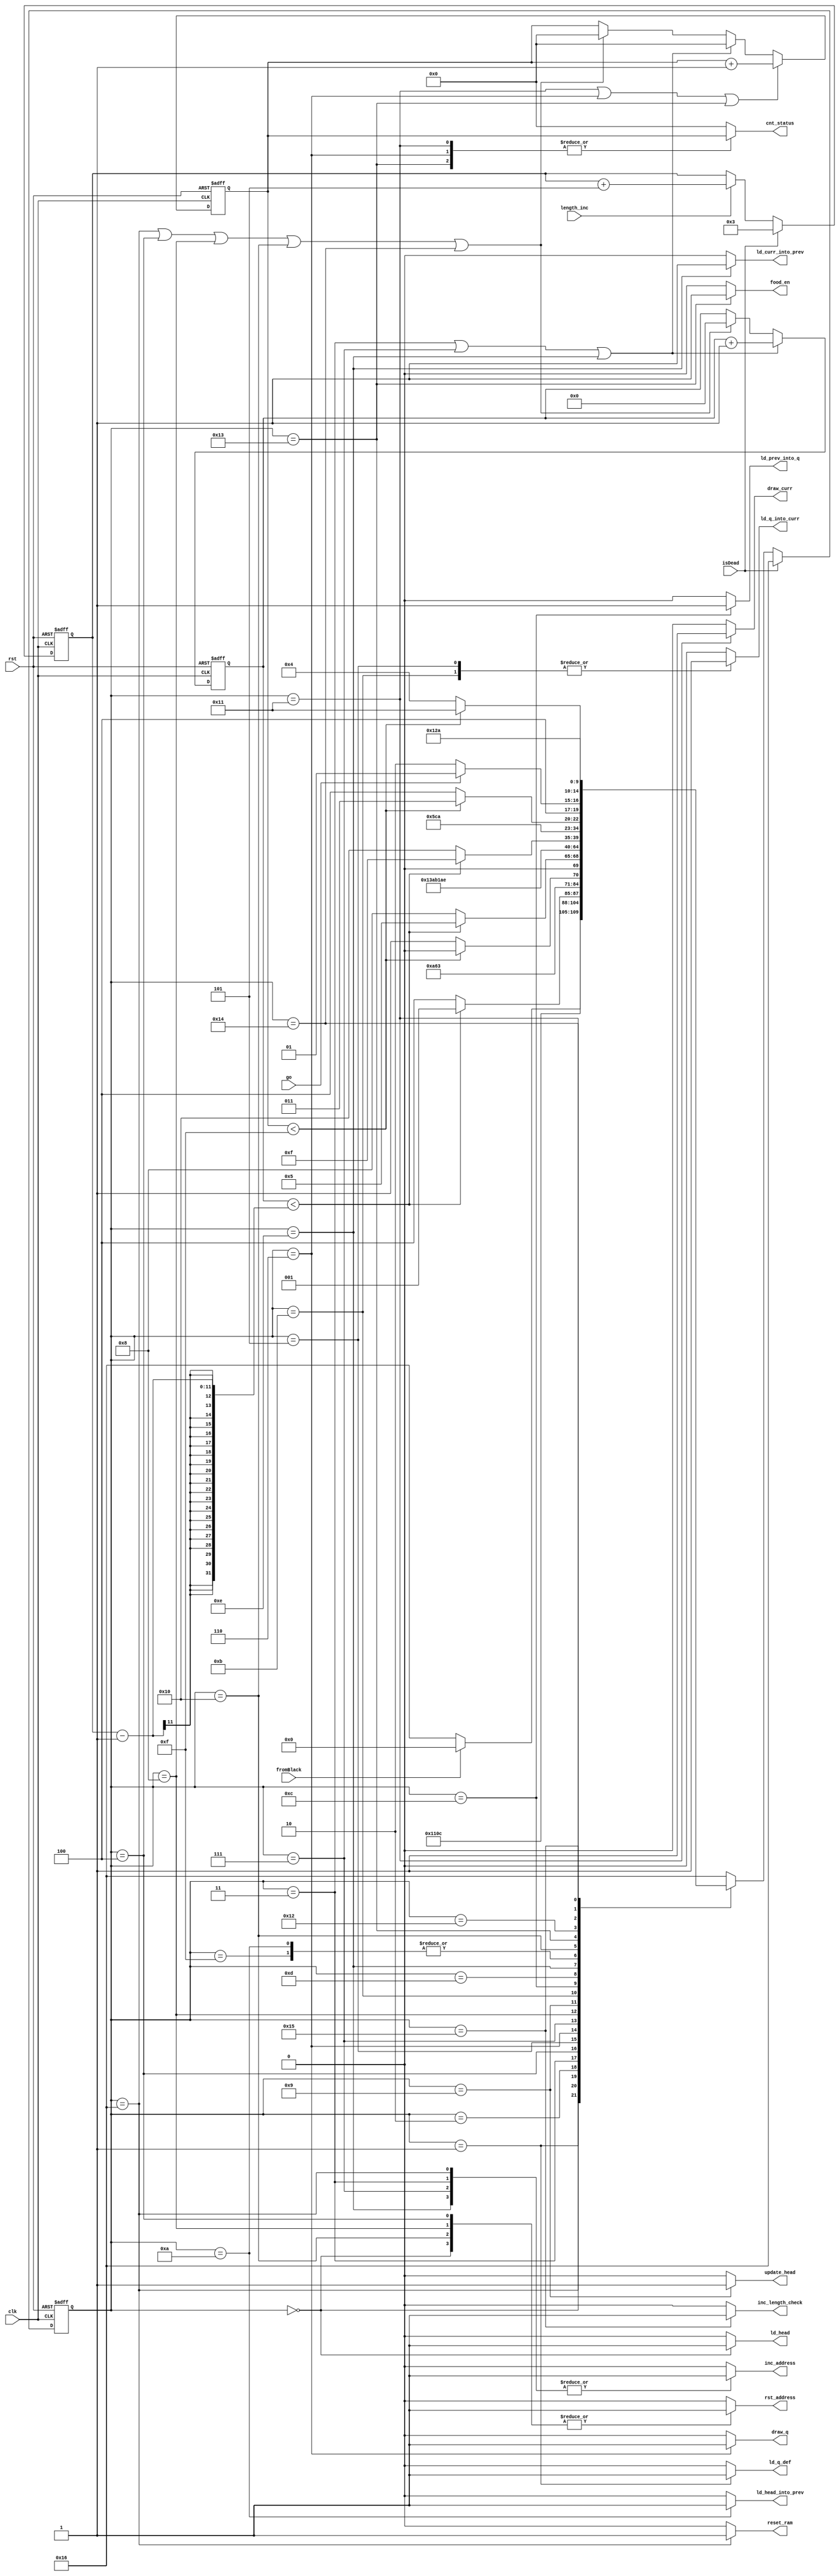

module controlMovement(
	input clk,
	input rst,
	input length_inc,
	input go,
	input fromBlack,
	input isDead,
	//---------------------------
	output reg ld_head,
	output reg ld_q_def,
	output reg inc_address,
	output reg rst_address,
	output reg draw_q,
	output reg [3:0] cnt_status,
	output reg update_head,
	output reg ld_head_into_prev,
	output reg ld_q_into_curr,
	output reg ld_prev_into_q,
	output reg ld_curr_into_prev,
	output reg draw_curr,
	output reg food_en,
	output reg inc_length_check,
	output reg reset_ram
);	
	
	reg [10:0] counter;
	reg [3:0] drawCounter;
	reg [4:0] curr_state, next_state;
	reg [10:0] length;
	wire cnt_le_l = counter < length - 1;
	wire draw_le_3 = drawCounter < 15;
	localparam 
		LD_HEAD = 5'd0,
		LD_DEF = 5'd1,
		CLOCK1 = 5'd2,
		INC1 = 5'd3,
		RST1 = 5'd4,
		CLOCK2 = 5'd5,
		DRAW_WHITE = 5'd6,
		INC2 = 5'd7,
		RST2 = 5'd8,
		UPDATE_HEAD = 5'd9,
		LD_HEAD_PREV = 5'd10,
		LD_Q_CURR = 5'd11,
		LD_PREV_Q = 5'd12,
		CLOCK3 = 5'd13,
		LD_CURR_PREV = 5'd14,
		CLOCK4 = 5'd15,
		RST3 = 5'd16,
		DRAW_CURR = 5'd17,
		WAIT = 5'd18,
		DRAW_FOOD = 5'd19,
		RST4 = 5'd20,
		INC_LENGTH = 5'd21,
		WAIT_BLACK = 5'd22;


	always @(*)
	begin: stateTable
		case (curr_state)
			WAIT_BLACK: next_state = fromBlack ? LD_HEAD : WAIT_BLACK;
			LD_HEAD : next_state = LD_DEF;
			LD_DEF : next_state = CLOCK1;
			CLOCK1 : next_state = INC1;
			INC1: next_state = cnt_le_l ? LD_DEF : RST1;
			RST1: next_state = CLOCK2;
			CLOCK2: next_state = DRAW_WHITE;
			DRAW_WHITE: next_state = draw_le_3 ? DRAW_WHITE : INC2;
			INC2: next_state = cnt_le_l ? CLOCK2 : RST2;
			RST2: next_state = DRAW_FOOD;
			UPDATE_HEAD: next_state = INC_LENGTH;
			LD_HEAD_PREV: next_state = LD_Q_CURR;
			LD_Q_CURR: next_state = LD_PREV_Q;
			LD_PREV_Q: next_state = CLOCK3;
			CLOCK3: next_state = LD_CURR_PREV;
			LD_CURR_PREV: next_state = cnt_le_l ? CLOCK4 : RST3;
			CLOCK4: next_state = LD_Q_CURR;
			RST3: next_state = WAIT;
			DRAW_FOOD: next_state = draw_le_3 ? DRAW_FOOD : RST4;
			WAIT: next_state = go ? DRAW_CURR : WAIT;
			DRAW_CURR: next_state = draw_le_3 ? DRAW_CURR : RST1;
			RST4: next_state = UPDATE_HEAD;
			INC_LENGTH: next_state = LD_HEAD_PREV;
		default: next_state = WAIT_BLACK;
		endcase
		if (isDead)
			next_state = WAIT_BLACK;

	end
	
	always @(posedge clk, negedge rst) begin
		if (!rst) begin
			// reset
			curr_state <= WAIT_BLACK;
			counter <= 0;
			drawCounter <= 0;
			length <= 11'd3;


		end
		else begin
			if (
				curr_state == WAIT_BLACK || 
				curr_state == RST1 || 
				curr_state == RST2 ||
				curr_state == RST3 || 
				curr_state == RST4)
			begin
				counter <= 0;
				drawCounter <= 0;
			end
			if (curr_state == INC1 || 
				curr_state == INC2 || 
				curr_state == LD_CURR_PREV)
			begin
				counter <= counter + 1;
				drawCounter <= 0;
			end
			if (curr_state == DRAW_CURR || 
				curr_state == DRAW_WHITE || 
				curr_state == DRAW_FOOD) 
				drawCounter <= drawCounter + 1;

			curr_state <= next_state;

			if (length_inc)
				length <= length + 5;

			if (isDead)
			begin
				length <= 11'd3;

			end
		end
	end

	always @(*) 
	begin : state_result
		ld_head = 0;
		ld_q_def = 0;
		inc_address = 0;
		rst_address = 0;
		draw_q = 0;
		cnt_status = 2'b0;
		update_head = 0;
		ld_head_into_prev = 0;
		ld_q_into_curr = 0;
		ld_prev_into_q = 0;
		ld_curr_into_prev = 0;
		draw_curr = 0;
		food_en = 0;
		inc_length_check = 0;
		reset_ram = 0;
		case (curr_state)
			LD_HEAD:
			begin 
				ld_head = 1;
				rst_address = 1;
			end
			LD_DEF : ld_q_def = 1;
			INC1: inc_address = 1;
			RST1: rst_address = 1;
			DRAW_WHITE: begin 
				draw_q = 1;
				cnt_status = drawCounter;
			end
			INC2: inc_address = 1;
			RST2: rst_address = 1;
			UPDATE_HEAD: update_head = 1;
			LD_HEAD_PREV: ld_head_into_prev = 1;
			LD_Q_CURR: ld_q_into_curr = 1;
			LD_PREV_Q: ld_prev_into_q = 1;
			LD_CURR_PREV: begin
				ld_curr_into_prev = 1;
				inc_address = 1;
			end
			RST3: rst_address = 1;
			DRAW_CURR: begin
				draw_curr = 1;
				cnt_status = drawCounter;
			end
			DRAW_FOOD: begin
				food_en = 1;
				cnt_status = drawCounter;
			end
			INC_LENGTH: inc_length_check = 1;
			CLOCK2: ld_q_into_curr = 1;
			WAIT_BLACK:
			begin
				inc_address = 1;
				reset_ram = 1;
			end
		endcase
	end


endmodule